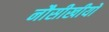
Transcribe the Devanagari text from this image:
नौसीखीयों